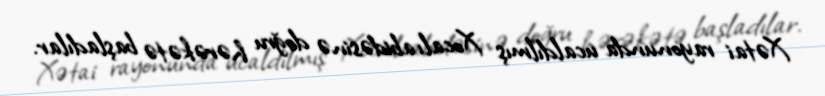
Xətai rayonunda ucaldılmış Xocalı abidəsinə doğru hərəkətə başladılar.